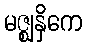
မဇ္ဈနှိကေ